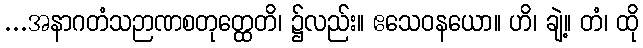
...အနာဂတံသဉာဏစတုတ္ထေတိ၊ ၌လည်း။ ဧသေဝနယော။ ဟိ၊ ချဲ့။ တံ၊ ထို